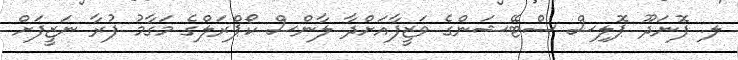
ލ. ފޮނަދޫ ޕޮލިސް ސްޓޭޝަންގެ ވަޒީފާއަށްދާ ލާންސް ކޯޕްރަލްގެ މަގާމު ފުރާ ނަޒީފަށް